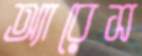
অ্যারেস